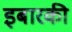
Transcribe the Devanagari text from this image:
इबारकी